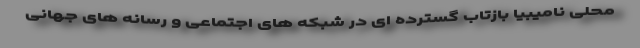
محلی نامیبیا بازتاب گسترده ای در شبکه های اجتماعی و رسانه های جهانی